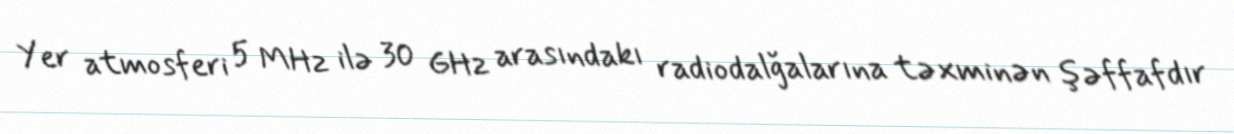
Yer atmosferi 5 MHz ilə 30 GHz arasındakı radiodalğalarına təxminən şəffafdır